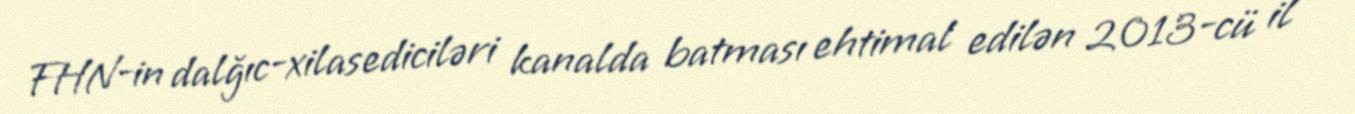
FHN-in dalğıc-xilasediciləri kanalda batması ehtimal edilən 2013-cü il